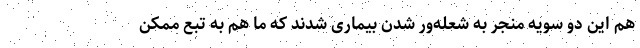
هم این دو سویه منجر به شعله‌ور شدن بیماری شدند که ما هم به تبع ممکن